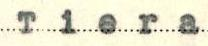
Tiera